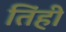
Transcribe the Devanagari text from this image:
तिंही